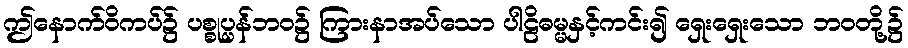
ဤနောက်ဝိကပ်၌ ပစ္စုပ္ပန်ဘဝ၌ ကြားနာအပ်သော ပါဠိဓမ္မနှင့်ကင်း၍ ရှေးရှေးသော ဘဝတို့၌